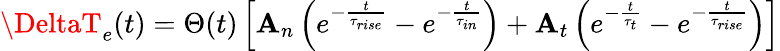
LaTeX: \DeltaT_{e}(t)=\Theta(t)\left[\mathbf{A}_{n}\left(e^{-\frac{{t}}{{\tau_{rise}}}}-e^{-\frac{{t}}{{\tau_{in}}}}\right)+\mathbf{A}_{t}\left(e^{-\frac{{t}}{{\tau_{t}}}}-e^{-\frac{{t}}{{\tau_{rise}}}}\right)\right]